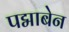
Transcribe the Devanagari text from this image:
पद्माबेन